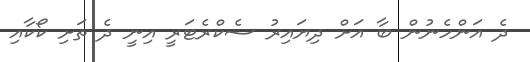
ދެ އަންހެނުން ބާ އަށް ދިޔައިރު ސެކްރެޓަރީ އިނީ ދެ ތަށި ކޯކާއި